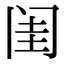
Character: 闺